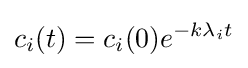
c_{i}(t)=c_{i}(0)e^{-k\lambda _{i}t}